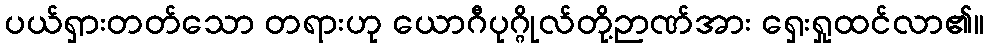
ပယ်ရှားတတ်သော တရားဟု ယောဂီပုဂ္ဂိုလ်တို့ဉာဏ်အား ရှေးရှုထင်လာ၏။